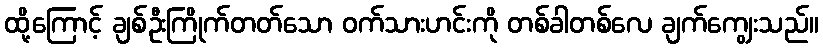
ထို့ကြောင့် ချစ်ဦးကြိုက်တတ်သော ဝက်သားဟင်းကို တစ်ခါတစ်လေ ချက်ကျွေးသည်။